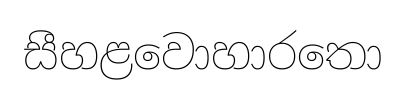
සීහළවොහාරතො